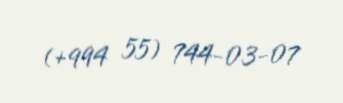
(+994 55) 744-03-07